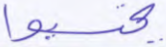
يحتسبوا